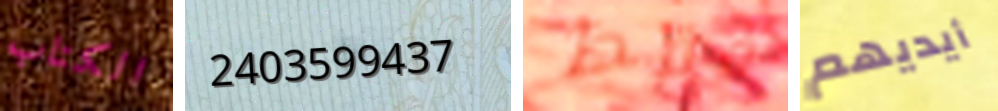
الكتاب 2403599437 فقط أيديهم